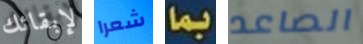
لإبقائك شعرا بما الصاعد